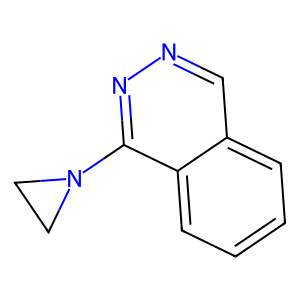
SMILES: c1ccc2c(N3CC3)nncc2c1
Inhibits HIV replication: No